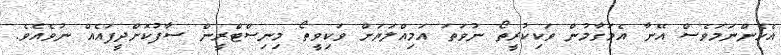
އެހެންނަމަވެސް އޭނާ އެމަގާމުން ވަކިކުރީތޯ ނުވަތަ އަމިއްލަޔަށް ވަކިވީތޯ މިނިސްޓްރީން ސާފުކޮށްދީފައެއް ނުވެއެވެ.